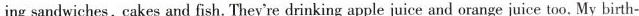
ing sandwiches, cakes and fish. They're drinking apple juice and orange juice too, My birth-